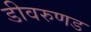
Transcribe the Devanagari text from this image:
डीवरुणड